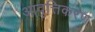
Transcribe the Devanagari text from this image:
आवृत्तिकरण